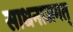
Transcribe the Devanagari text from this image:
साधनाजगत्